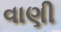
વાણી